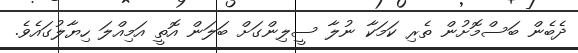
ދެބެން ބަސްމޮށުން ތެރި ކަމަކާ ނުލާ ސީލިންގަށް ބަލަން އޮތީ އަމިއްލަ ހިޔާލުގައެވެ.